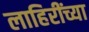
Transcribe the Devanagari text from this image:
लाहिरींच्या